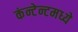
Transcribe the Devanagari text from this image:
कंन्टेन्टमध्ये